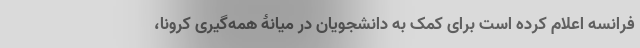
فرانسه اعلام کرده است برای کمک به دانشجویان در میانۀ همه‌گیری کرونا،